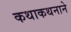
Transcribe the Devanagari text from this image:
कथाकथनाने